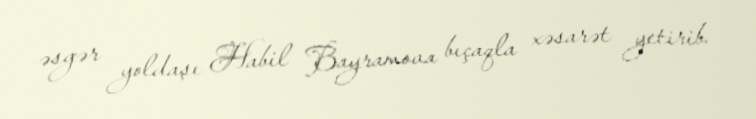
əsgər yoldaşı Habil Bayramova bıçaqla xəsarət yetirib.